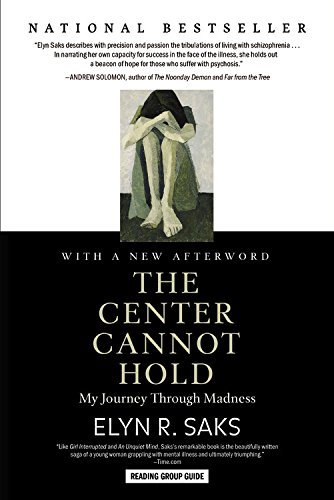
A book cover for The Center Cannot Hold: My Journey Through Madness; Elyn R. Saks; Medical Books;